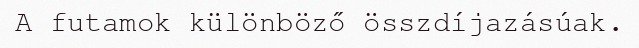
A futamok különböző összdíjazásúak.